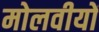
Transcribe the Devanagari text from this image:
मोलवीयों